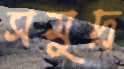
সমুদ্র